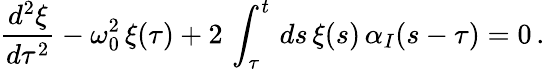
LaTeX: \frac{d^{2}\xi}{d\tau^{2}}-\omega_{0}^{2}\, \xi(\tau)+2\, \int_{\tau}^{t}\, ds\, \xi(s)\, \alpha_{I}(s-\tau)=0\, .